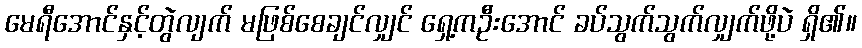
မေရီအောင်နှင့်တွဲလျက် မဖြစ်စေချင်လျှင် ရှေ့ကဦးအောင် ခပ်သွက်သွက်လျှက်ဖို့ပဲ ရှိ၏။